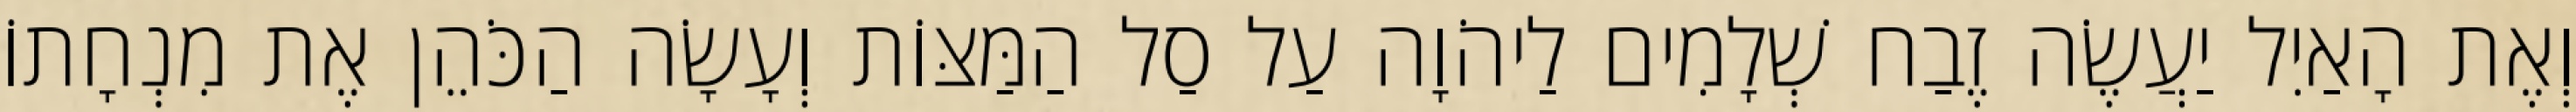
וְאֶת הָאַיִל יַעֲשֶׂה זֶבַח שְׁלָמִים לַיהֹוָה עַל סַל הַמַּצּוֹת וְעָשָׂה הַכֹּהֵן אֶת מִנְחָתוֹ